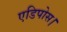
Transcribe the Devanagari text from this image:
एडिपोस।